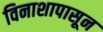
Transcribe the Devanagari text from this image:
विनाशापासून